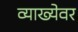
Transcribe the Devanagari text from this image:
व्याख्येवर